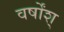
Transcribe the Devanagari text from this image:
वर्षोंश्